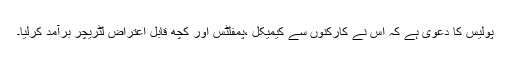
پولیس کا دعویٰ ہے کہ اس نے کارکنوں سے کیمیکل ،پمفلٹس اور کچھ قابل ِاعتراض لٹریچر برآمد کرلیا۔